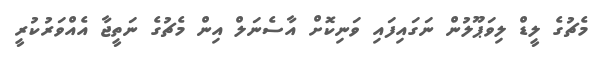
މެޗުގެ ލީޑް ލިވަޕޫލުން ނަގައިފައި ވަނިކޮށް އާސެނަލް އިން މެޗުގެ ނަތީޖާ އެއްވަރުކުރީ